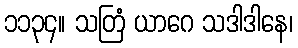
၁၁၃၄။ သတြံ ယာဂေ သဒါဒါနေ၊